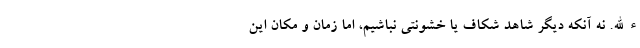
ءالله. نه آنکه دیگر شاهد شکاف یا خشونتی نباشیم، اما زمان و مکان این